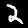
Digit: 2